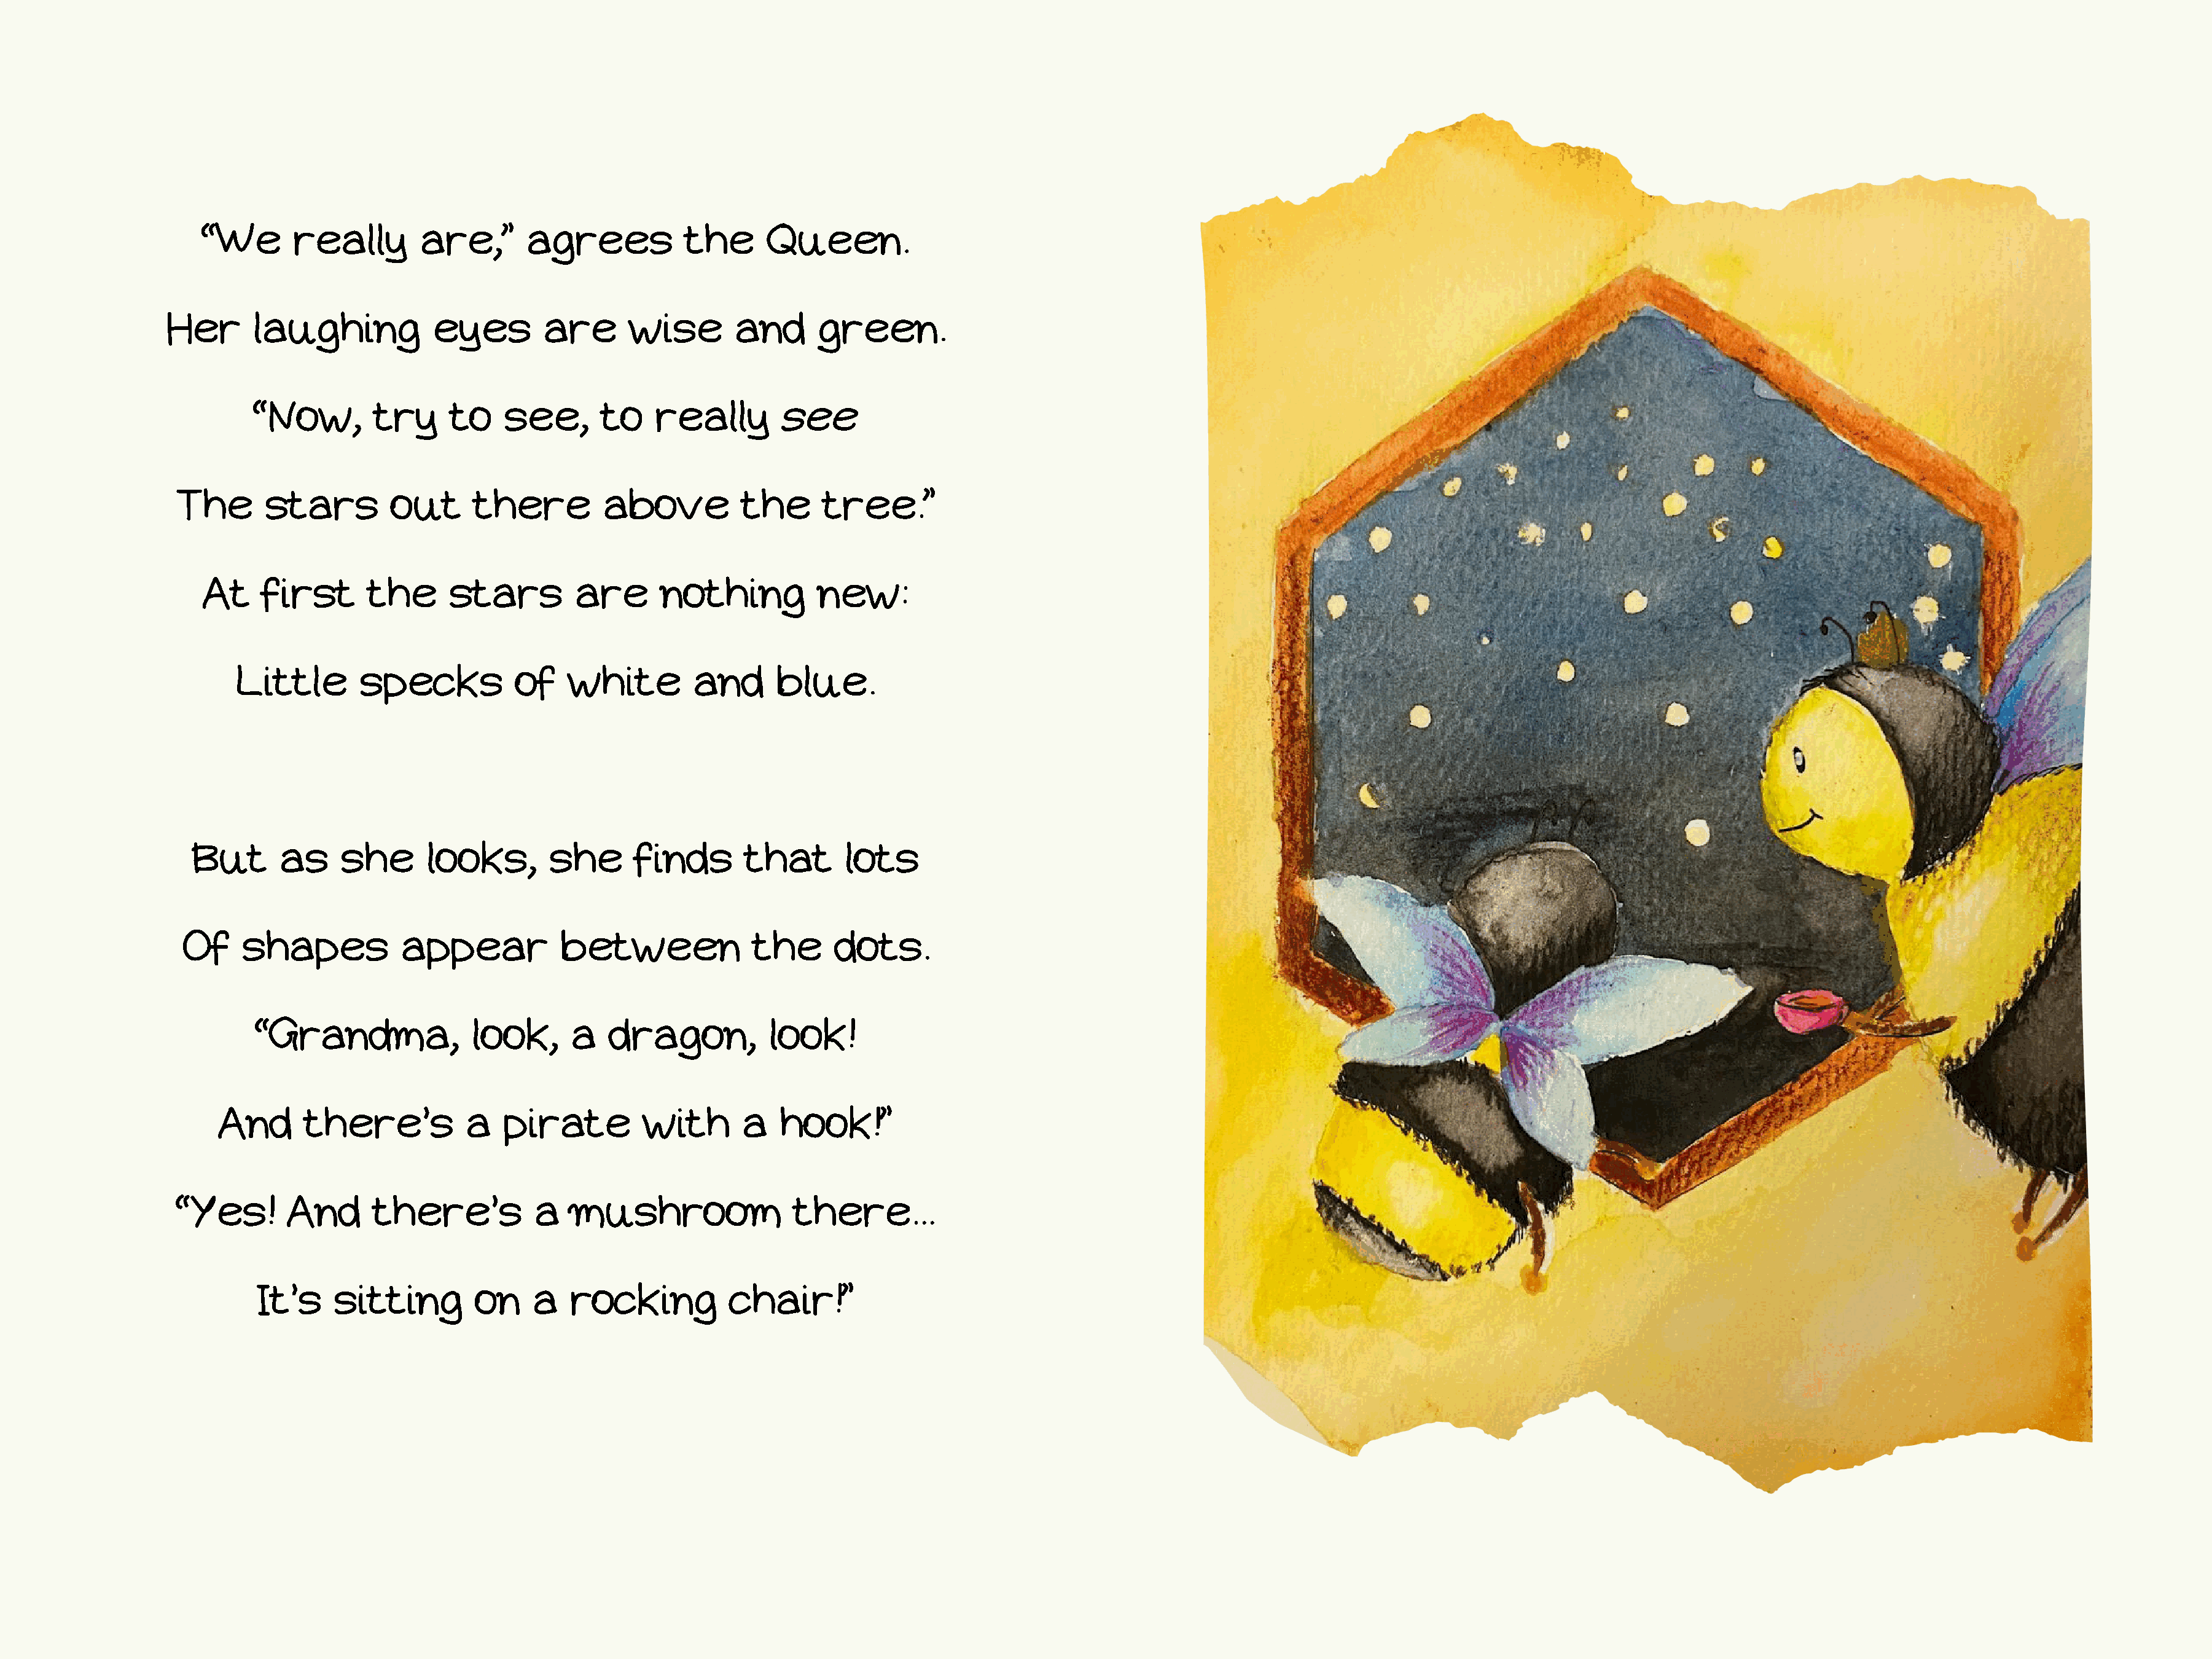
“We       really       are,”       agrees           the      Queen.
 Her      laughing            eyes        are      wise       and      green.
 “Now,        try      to   see,       to    really       see
 The       stars        out      there         above          the      tree.”
 At    first       the     stars         are      nothing          new:
 Little       specks           of   white         and      blue.
 But      as     she      looks,       she      finds       that       lots
 Of    shapes           appear           between              the      dots.
 “Grandma,              look,      a   dragon,          look!
 And      there’s          a   pirate         with       a   hook!”
 “Yes!       And      there’s           a   mushroom                there...
 It’s    sitting        on    a   rocking           chair!”